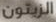
الزيتون